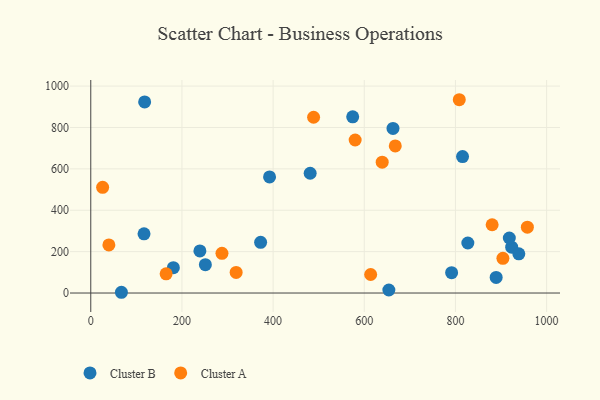
{"axis": {"x": "Distance", "y": "Rating"}, "legend": ["Cluster A", "Cluster B"], "data": [{"x": "481.3", "y": 578.7, "type": "Cluster B"}, {"x": "239.4", "y": 203.2, "type": "Cluster B"}, {"x": "923.4", "y": 221.5, "type": "Cluster B"}, {"x": "116.8", "y": 286.3, "type": "Cluster B"}, {"x": "791.6", "y": 98.2, "type": "Cluster B"}, {"x": "574.6", "y": 851.5, "type": "Cluster B"}, {"x": "67.2", "y": 3.6, "type": "Cluster B"}, {"x": "663.0", "y": 795.2, "type": "Cluster B"}, {"x": "372.6", "y": 245.0, "type": "Cluster B"}, {"x": "918.2", "y": 265.9, "type": "Cluster B"}, {"x": "392.2", "y": 561.2, "type": "Cluster B"}, {"x": "251.4", "y": 137.0, "type": "Cluster B"}, {"x": "939.0", "y": 189.2, "type": "Cluster B"}, {"x": "889.3", "y": 75.4, "type": "Cluster B"}, {"x": "653.9", "y": 14.5, "type": "Cluster B"}, {"x": "827.2", "y": 241.7, "type": "Cluster B"}, {"x": "815.6", "y": 659.3, "type": "Cluster B"}, {"x": "118.2", "y": 923.7, "type": "Cluster B"}, {"x": "181.2", "y": 122.7, "type": "Cluster B"}, {"x": "957.8", "y": 318.2, "type": "Cluster A"}, {"x": "287.8", "y": 191.7, "type": "Cluster A"}, {"x": "488.8", "y": 849.4, "type": "Cluster A"}, {"x": "39.7", "y": 232.2, "type": "Cluster A"}, {"x": "26.0", "y": 511.0, "type": "Cluster A"}, {"x": "639.3", "y": 632.5, "type": "Cluster A"}, {"x": "668.0", "y": 710.6, "type": "Cluster A"}, {"x": "165.3", "y": 92.7, "type": "Cluster A"}, {"x": "808.4", "y": 934.1, "type": "Cluster A"}, {"x": "318.9", "y": 99.5, "type": "Cluster A"}, {"x": "904.1", "y": 167.8, "type": "Cluster A"}, {"x": "880.5", "y": 329.8, "type": "Cluster A"}, {"x": "614.0", "y": 89.6, "type": "Cluster A"}, {"x": "580.0", "y": 739.5, "type": "Cluster A"}]}